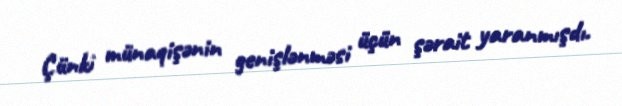
Çünki münaqişənin genişlənməsi üçün şərait yaranmışdı.